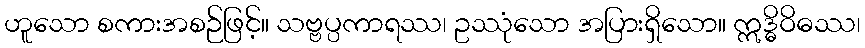
ဟူသော စကားအစဉ်ဖြင့်။ သဗ္ဗပ္ပကာရဿ၊ ဥဿုံသော အပြားရှိသော။ ဣဒ္ဓိဝိဓဿ၊